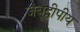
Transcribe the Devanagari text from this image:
जंबूद्वीपीय